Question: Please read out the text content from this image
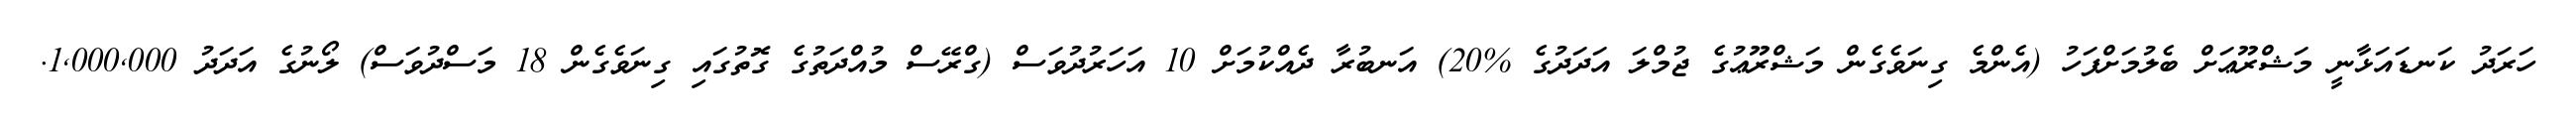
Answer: ހަރަދު ކަނޑައަޅާނީ މަޝްރޫޢަށް ބެލުމަށްފަހު (އެންމެ ގިނަވެގެން މަޝްރޫޢުގެ ޖުމްލަ އަދަދުގެ %20) އަނބުރާ ދެއްކުމަށް 10 އަހަރުދުވަސް (ގްރޭސް މުއްދަތުގެ ގޮތުގައި ގިނަވެގެން 18 މަސްދުވަސް) ލޯނުގެ އަދަދު 1,000,000.